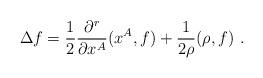
LaTeX: \begin{align*}\Delta f=\frac{1}{2} \frac{\partial^r}{\partial x^A}(x^A,f) + \frac{1}{2\rho}(\rho,f) ~. \end{align*}